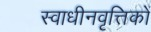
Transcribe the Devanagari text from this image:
स्वाधीनवृत्तिकों